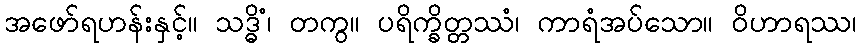
အဖော်ရဟန်းနှင့်။ သဒ္ဓိံ၊ တကွ။ ပရိက္ခိတ္တဿံ၊ ကာရံအပ်သော။ ဝိဟာရဿ၊